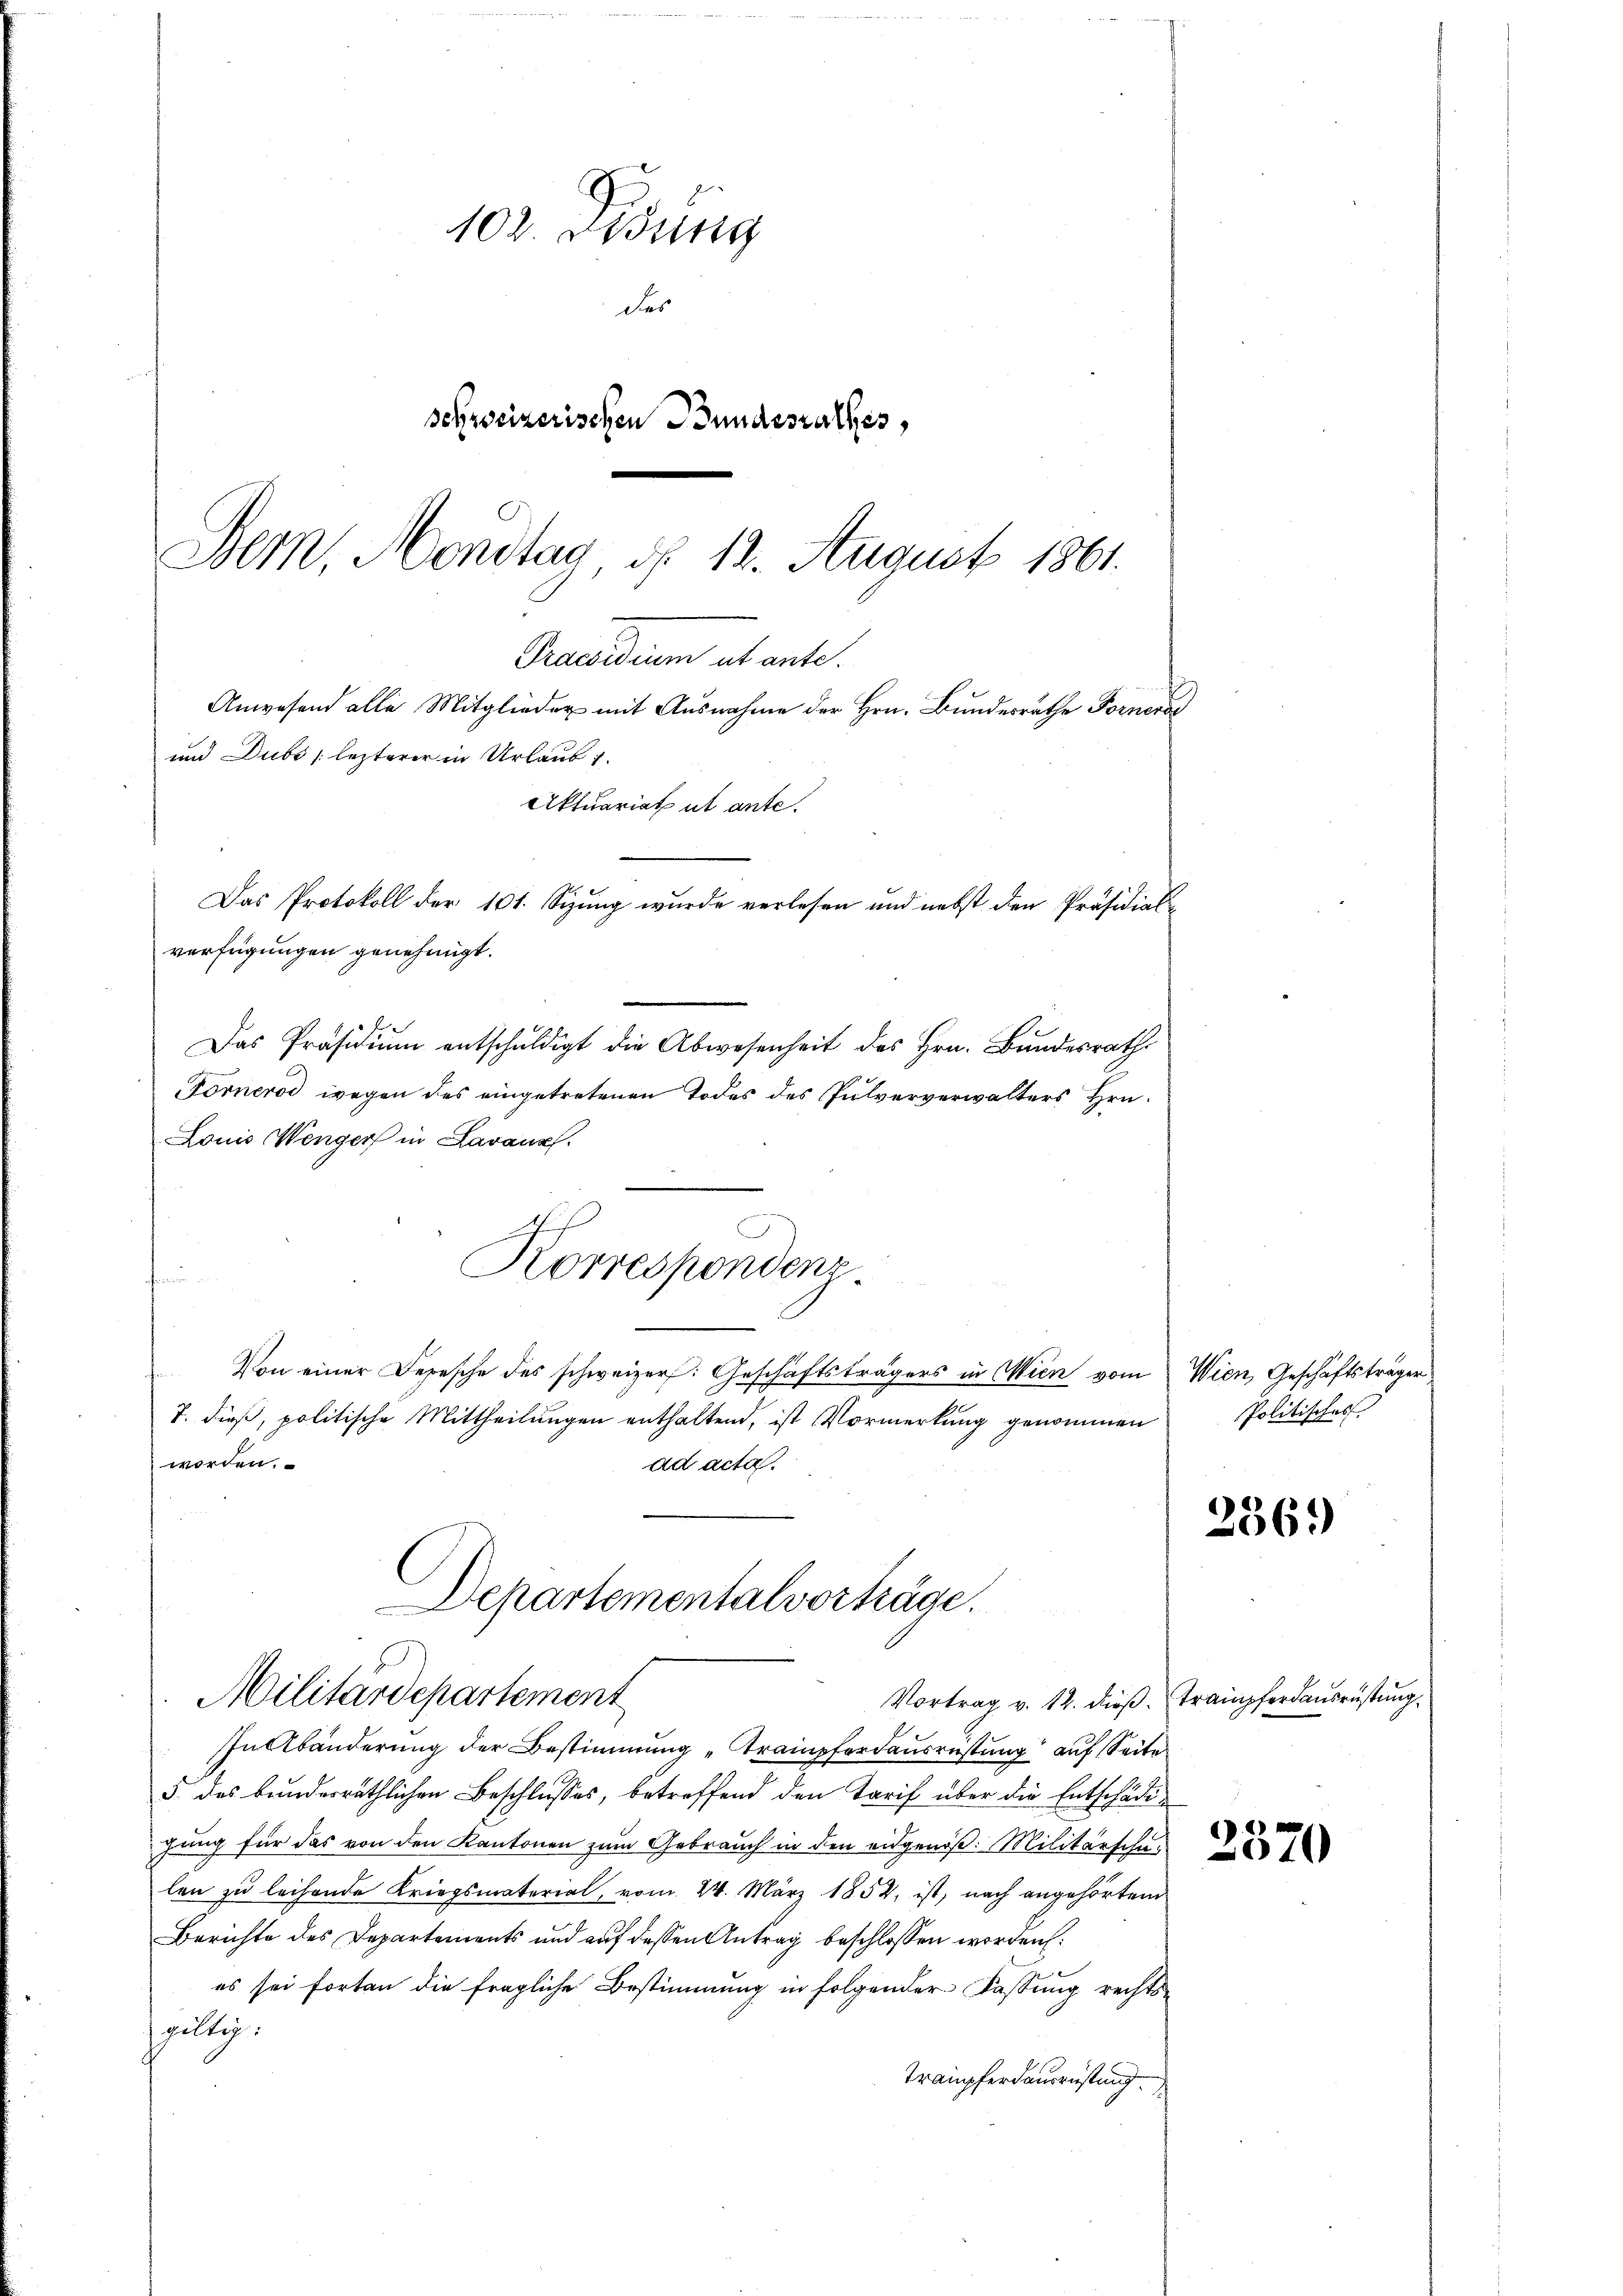
102. Didung
des
schweizerischen Bundesrathes,
Dem Montag, d. 12. August 1861.

Praesidium ut ante.
Anwesend alle Mitglieder mit Ausnahme der Hrn. Bundesräthe Forneral
und Dube lezterer in Urlaub 1.
Aktuariat ut ante.
Das Protokoll der 101. Sizung wurde verlesen und nebst den Präsidialverfügungen genehmigt.
Das Präsidium entschuldigt die Abwesenheit des Hrn. Bundesrath

19
Forneros wegen des eingetretenen Todes des Pulververwalters Hrn.
Louis Wenger in Lavausch.
Korrespondenz
Von einer Depesche des schweizer: Geschäftsträgers in Wien vom
7. dieß, politische Mittheilungen enthaltend, ist Vormerkung genommen
worden.
ad acta.

Departementalvorträge.
Militärdepartement

Vortrag v. 12. dieß. Trampferdausrüstung
In Abänderung der Bestimmung „Trampferdausrüstung auf Seite
3. das bundesräthlichen Beschlusses, betreffend den Tarif über die Entschädihrung für das von den Kantonen zum Gebrauch in den eidgenöß: Militärschulen zu leihende Kriegsmaterial, vom 24. März 1852, ist, nach angehörtem
Berichte des Departements und auf dessen Antrag beschlossen worden:
es sei forten die fragliche Bestimmung in folgender Fassung rechtssgültig.
Trampferdausrüstung

Wien, Geschäftsträger
Politisches

2369

2570